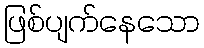
ဖြစ်ပျက်နေသော